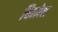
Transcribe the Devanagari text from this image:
विमोक्ष